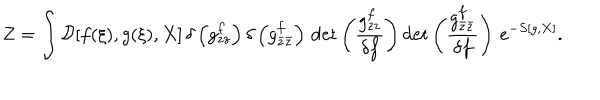
Z = \int { \cal D } [ f ( \xi ) , g ( \xi ) , X ] \, \delta \left( g _ { z z } ^ { f } \right) \delta \left( g _ { \bar { z } \bar { z } } ^ { f } \right) \, \mathrm { d e t } \left( \frac { g _ { z z } ^ { f } } { \delta f } \right) \mathrm { d e t } \left( \frac { g _ { \bar { z } \bar { z } } ^ { f } } { \delta f } \right) \, e ^ { - S [ g , X ] } .